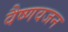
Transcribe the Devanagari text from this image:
वैष्णवजन